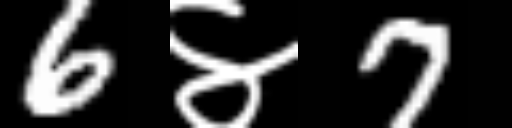
Text: 6४7